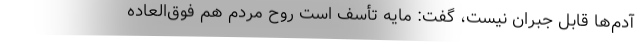
آدم‌ها قابل جبران نیست، گفت: مایه تأسف است روح مردم هم فوق‌العاده